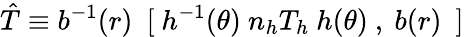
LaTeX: \hat{T}\equiv b^{-1}(r)\ {\mathrm{\mathbf~[}\ h^{-1}(\theta)\ n_{h}T_{h}\ h(\theta)\ ,\ b(r)\ \mathrm{\mathbf~]}}